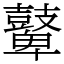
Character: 鼙